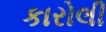
કારોલી